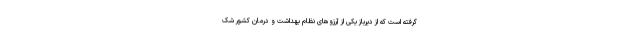
گرفته است که از دیرباز یکی از آرزوهای نظام بهداشت و درمان کشور شک